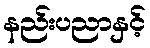
နည်းပညာနှင့်